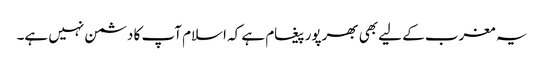
یہ مغرب کے لیے بھی بھرپور پیغام ہے کہ اسلام آپ کا دشمن نہیں ہے۔